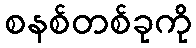
စနစ်တစ်ခုကို